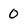
Character: 0